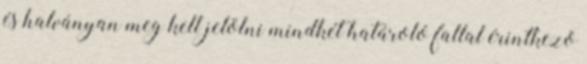
és halványan meg kell jelölni mindkét határoló fallal érintkezõ